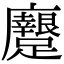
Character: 𨇭